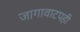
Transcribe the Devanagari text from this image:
जागावाटपही